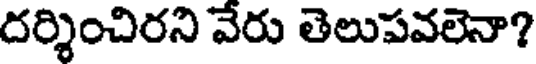
దర్శించిరని వేరు తెలుపవలెనా?